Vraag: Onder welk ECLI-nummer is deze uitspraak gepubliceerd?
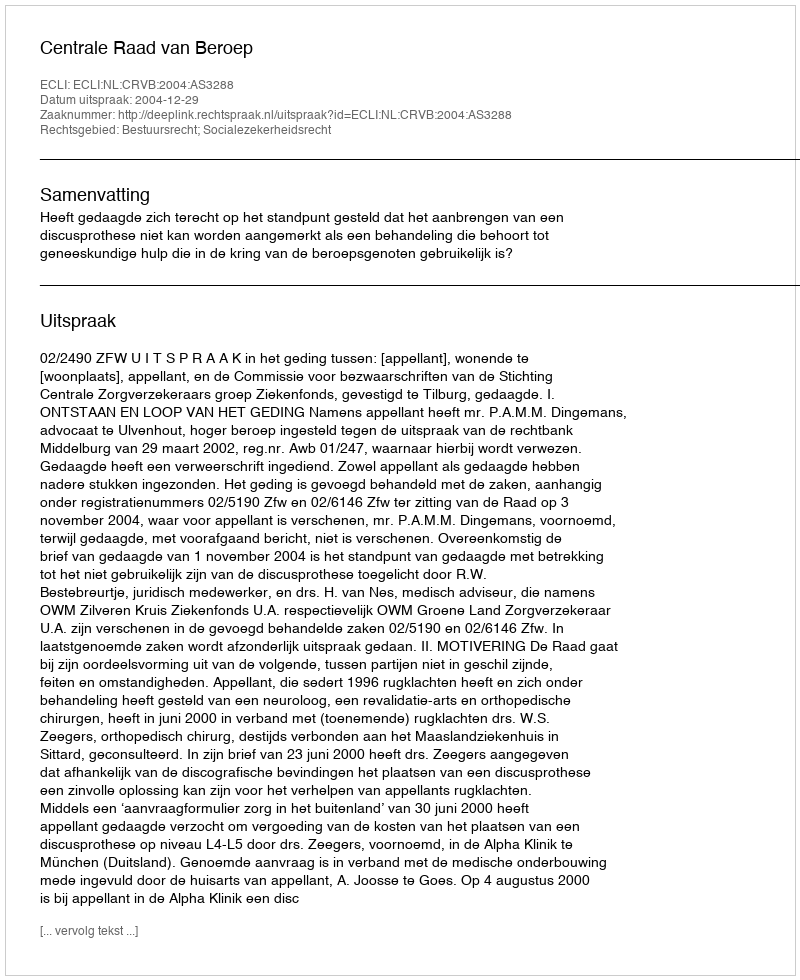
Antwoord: ECLI:NL:CRVB:2004:AS3288